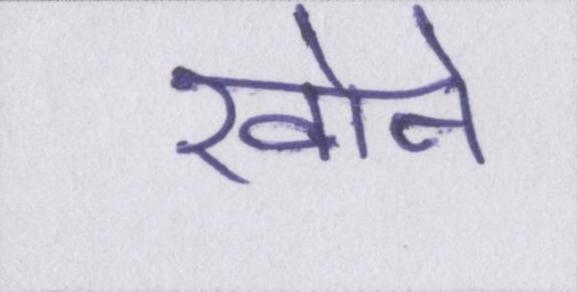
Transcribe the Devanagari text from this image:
खोने